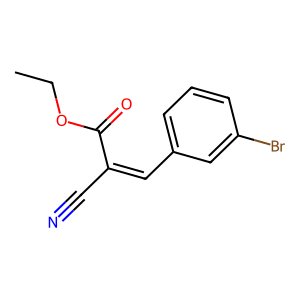
SMILES: CCOC(=O)C(C#N)=Cc1cccc(Br)c1
Inhibits HIV replication: No